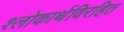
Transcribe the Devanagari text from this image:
श्लोकार्थविरहित